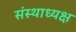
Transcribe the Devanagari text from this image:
संस्थाध्यक्ष